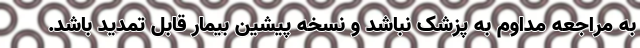
به مراجعه مداوم به پزشک نباشد و نسخه پیشین بیمار قابل تمدید باشد.